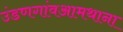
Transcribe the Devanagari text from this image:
उंडणगांवआमथाना